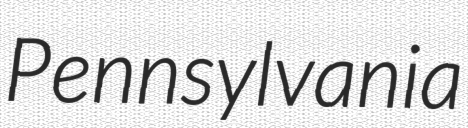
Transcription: Pennsylvania